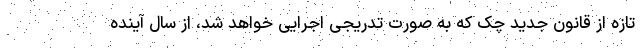
تازه از قانون جدید چک که به صورت تدریجی اجرایی خواهد شد، از سال آینده